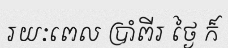
រយៈពេល ប្រាំពីរ ថ្ងៃ ក៏